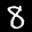
Label: 8